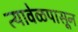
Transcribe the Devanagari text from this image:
त्यावेळपासून